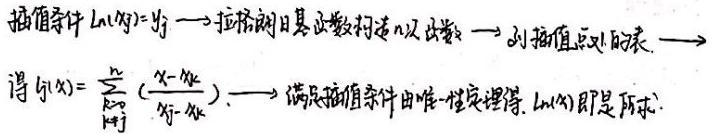
插值条件 $L_n(x_j)=y_j$ $\longrightarrow$ 拉格朗日基函数构造 $n$ 次函数 $\longrightarrow$ 列插值点 $x_j$ 列表 $\longrightarrow$
得 $l_j(x)=\sum_{k = 0,k\neq j}^{n}\frac{(x - x_k)}{(x_j - x_k)}$ . $\longrightarrow$ 满足插值条件由唯一性定理得, $L_n(x)$ 即是所求.